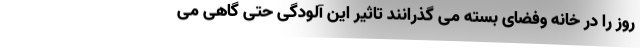
روز را در خانه وفضای بسته می گذرانند تاثیر این آلودگی حتی گاهی می